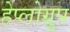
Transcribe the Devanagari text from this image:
हेप्लोग्रुप